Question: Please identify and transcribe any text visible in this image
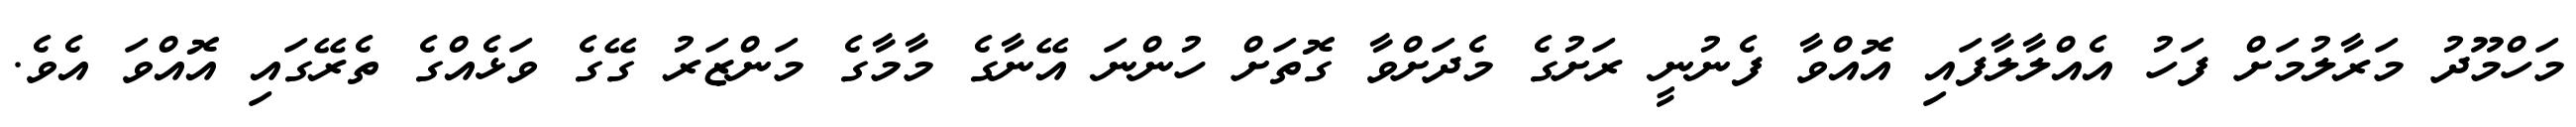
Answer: މަހްމޫދު މަރާލުމަށް ފަހު އެއްލާލާފައި އޮއްވާ ފެނުނީ ރަށުގެ މެދަށްވާ ގޮތަށް ހުންނަ އޭނާގެ މާމާގެ މަންޒަރު ގޭގެ ވަޅެއްގެ ތެރޭގައި އޮއްވަ އެވެ.